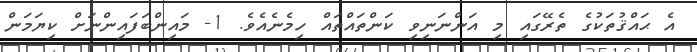
އެ ޙައްޤުތަކުގެ ތެރޭގައި މި އަންނަނިވި ކަންތައްތައް ހިމެނެއެވެ. 1- މައިންބަފައިންނަށް ކިޔަމަން